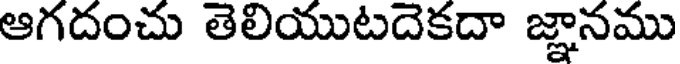
ఆగదంచు తెలియుటదెకదా జ్ఞానము